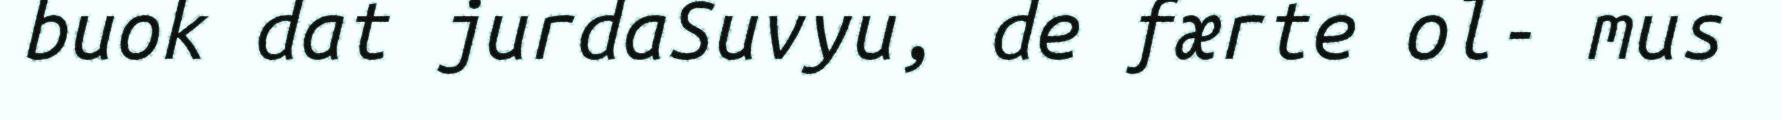
buok dat jurdaSuvyu, de færte ol- mus